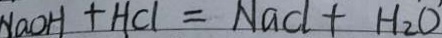
N a O H + H C l = N a C l + H _ { 2 } O